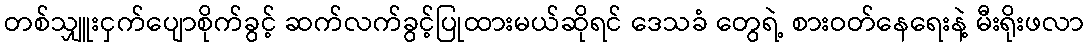
တစ်သျှူးငှက်ပျောစိုက်ခွင့် ဆက်လက်ခွင့်ပြုထားမယ်ဆိုရင် ဒေသခံ တွေရဲ့ စားဝတ်နေရေးနဲ့ မီးရိုးဖလာ